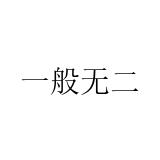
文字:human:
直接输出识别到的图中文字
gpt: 一般无二